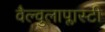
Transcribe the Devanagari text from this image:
वैल्वुलाप्लास्टी